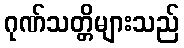
ဂုဏ်သတ္တိများသည်